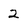
Character: 2